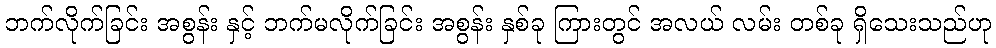
ဘက်လိုက်ခြင်း အစွန်း နှင့် ဘက်မလိုက်ခြင်း အစွန်း နှစ်ခု ကြားတွင် အလယ် လမ်း တစ်ခု ရှိသေးသည်ဟု